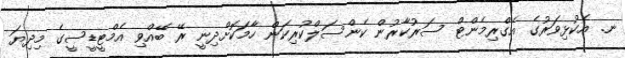
ނ. އެކުޅިވަރުގެ އެގްރިމެންޓް ސަރުކާރުން ކެންސަލްކުރިކަން ހާމަކޮށްދިނީ ރޭ ބޭއްވި އެމްޓީޑީސީގެ މިދިޔަ